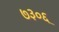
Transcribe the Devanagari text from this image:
७३०६